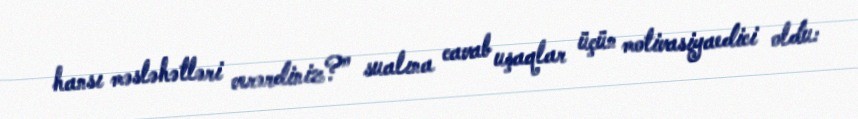
hansı məsləhətləri verərdiniz?” sualına cavab uşaqlar üçün motivasiyaedici oldu: